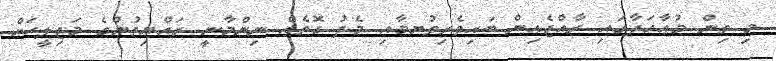
މި ތިން މުޢާހަދާގައި ރާއްޖެއިން ބައިވެރިވުޔމާއި މެދު ގޮތެއް ނިންމާނީ ރައްޔިތުންގެ މަޖިލީހަށް